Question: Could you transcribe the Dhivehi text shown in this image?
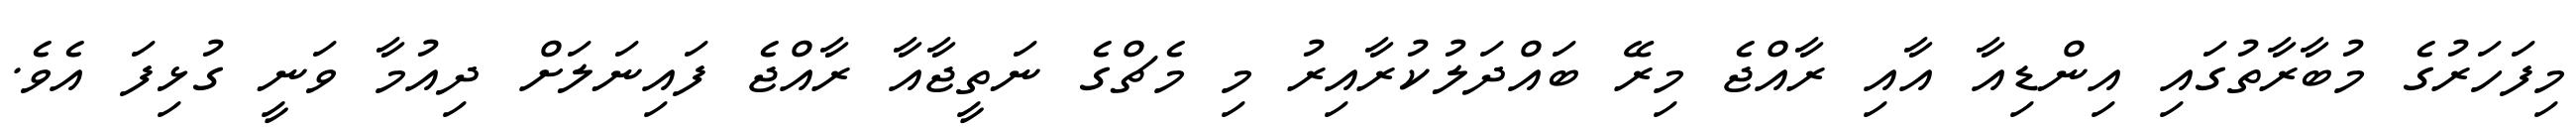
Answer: މިފަހަރުގެ މުބާރާތުގައި އިންޑިއާ އާއި ރާއްޖެ މިރޭ ބައްދަލުކުރާއިރު މި މެޗްގެ ނަތީޖާއާ ރާއްޖެ ފައިނަލަށް ދިއުމާ ވަނީ ގުޅިފަ އެވެ.